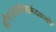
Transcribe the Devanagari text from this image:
श्रीभारतधर्ममहामंडळातर्फे